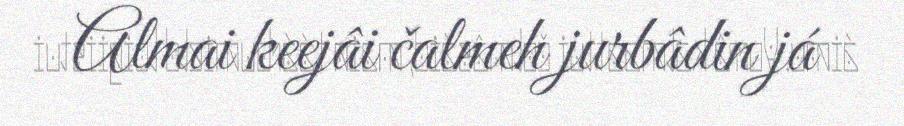
Almai keejâi čalmeh jurbâdin já